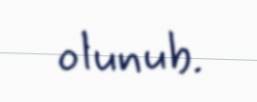
olunub.